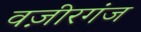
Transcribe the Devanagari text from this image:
वज़ीरगंज